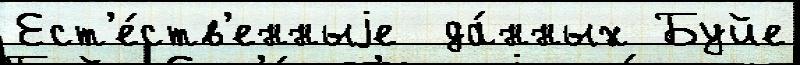
Ест'е́ств'енныjе  да́нных Буйе